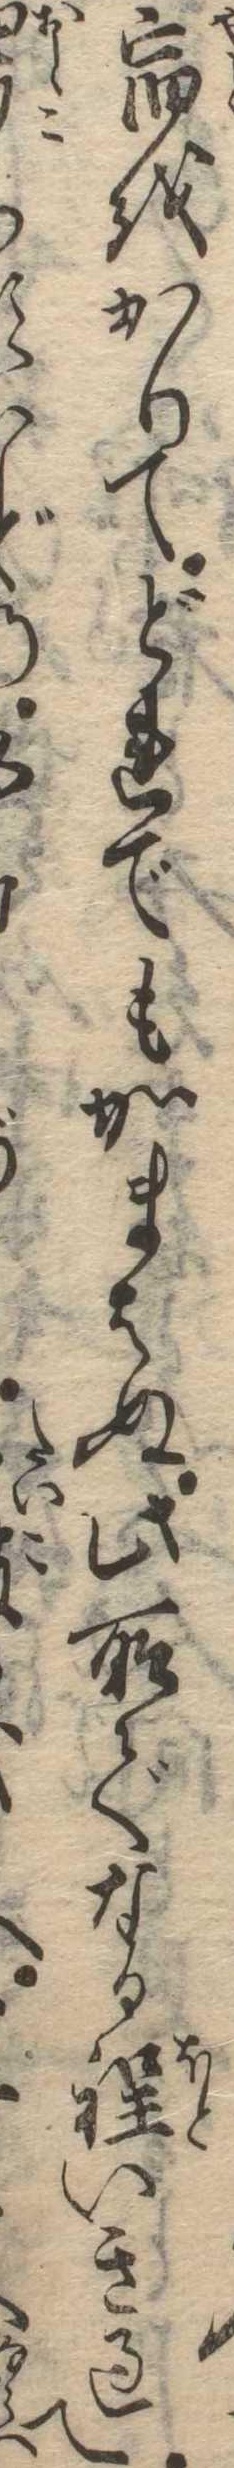
宿をかりてどれでもかまはぬ此所でなる程いき過てど